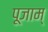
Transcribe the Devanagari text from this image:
पूजाम्